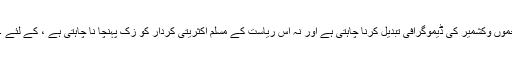
عیاں رہے کہ پنڈت جواہر لعل نہرو نے کشمیریوں کو یہ یقین دلانے کیلئے کہ نئی دہلی نہ ہی جموں وکشمیر کی ڈیموگرافی تبدیل کرنا چاہتی ہے اور نہ اس ریاست کے مسلم اکثریتی کردار کو زک پہنچا نا چاہتی ہے ، کے لئے 1954 میں ایک صدارتی حکم نامے کے تحت آئین ہند میںدفعہ35Aکی شق شامل کروائی تھی ۔